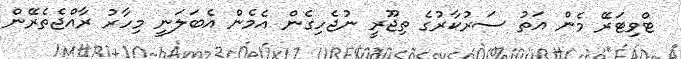
ޓްވިޓަރޭ މެން އަތު ސަރުކާރުގެ ތިޖޫރީ ނުޖެހިގެން އެމެން އެބަލަނީ މިހާރު ރާއްޖެތެރޭން